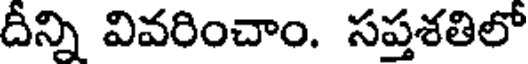
దీన్ని వివరించాం. సప్తశతిలో